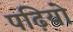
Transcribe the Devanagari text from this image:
पढ़ियो